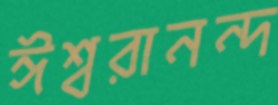
ঈশ্বরানন্দ